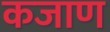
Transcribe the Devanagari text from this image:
कजाण